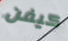
كيفن